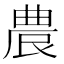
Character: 𭆒